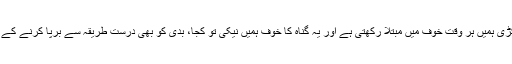
اس زنجیر کی ہر کڑی ہمیں ہر وقت خوف میں مبتلا رکھتی ہے اور یہ گناہ کا خوف ہمیں نیکی تو کجا، بدی کو بھی درست طریقہ سے برپا کرنے کے قابل نہیں چھوڑتی۔